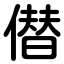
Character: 僣